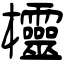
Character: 欞